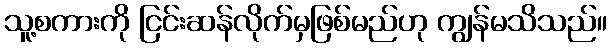
သူ့စကားကို ငြင်းဆန်လိုက်မှဖြစ်မည်ဟု ကျွန်မသိသည်။